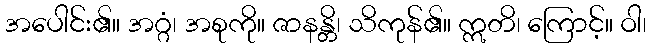
အပေါင်း၏။ အဂ္ဂံ၊ အစုကို။ ဇာနန္တိ၊ သိကုန်၏။ ဣတိ၊ ကြောင့်။ ဝါ၊